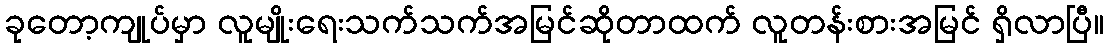
ခုတော့ကျုပ်မှာ လူမျိုးရေးသက်သက်အမြင်ဆိုတာထက် လူတန်းစားအမြင် ရှိလာပြီ။